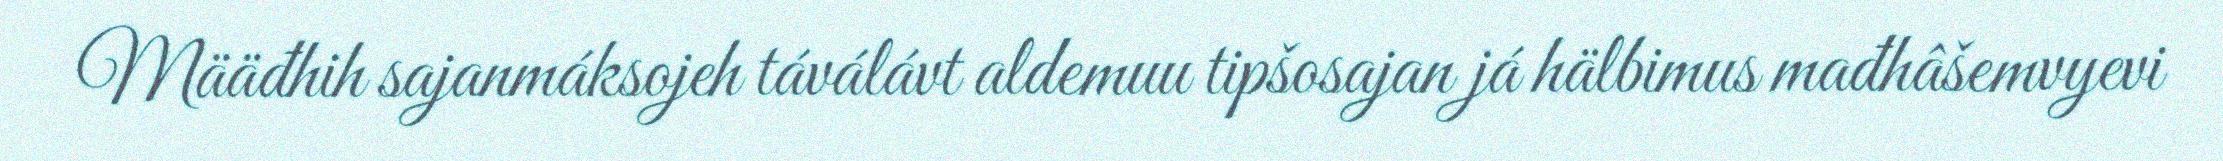
Määđhih sajanmáksojeh táválávt aldemuu tipšosajan já hälbimus mađhâšemvyevi